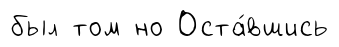
был том но Оста́вшись